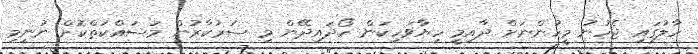
ހާލުގައި ޖެހުނު މީހުންނަށް ދާއިމީ ހިޔާވަހިކަން ހޯދައިދޭން މި ސަރުކާރުން މަސައްކަތްކޮށް ނުނިމި